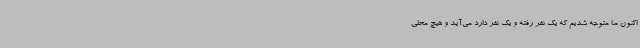
اکنون ما متوجه شدیم که یک نفر رفته و یک نفر دارد می‌آید و هیچ محلی